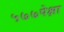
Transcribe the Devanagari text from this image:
५७७पेक्षा